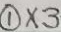
\textcircled { 1 } \times 3